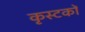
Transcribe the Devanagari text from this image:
कृस्टकों